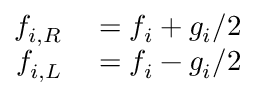
\begin{array} { r l } { f _ { i , R } } & { { } = f _ { i } + g _ { i } / 2 } \\ { f _ { i , L } } & { { } = f _ { i } - g _ { i } / 2 } \end{array}